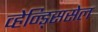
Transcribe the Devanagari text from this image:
व्हेन्ड्सिसेल